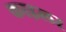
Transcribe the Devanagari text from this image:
काइलर